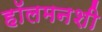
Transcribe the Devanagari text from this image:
हॉलमनशी